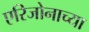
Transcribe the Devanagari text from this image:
एरिजोनाच्या